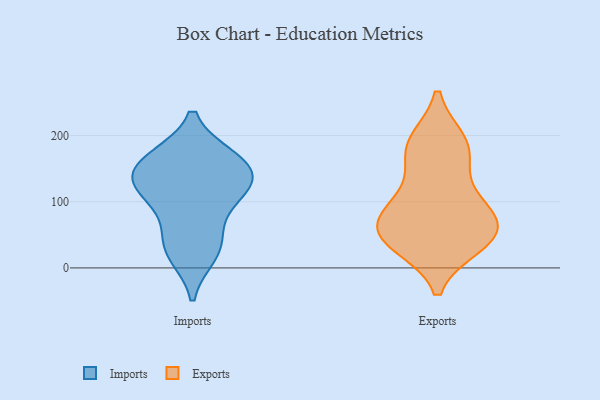
{"axis": {"x": "Backlog", "y": "Value"}, "legend": ["Exports", "Imports"], "data": [{"x": "", "y": 115, "type": "Imports"}, {"x": "", "y": 163, "type": "Imports"}, {"x": "", "y": 124, "type": "Imports"}, {"x": "", "y": 21, "type": "Imports"}, {"x": "", "y": 164, "type": "Imports"}, {"x": "", "y": 50, "type": "Imports"}, {"x": "", "y": 136, "type": "Imports"}, {"x": "", "y": 135, "type": "Imports"}, {"x": "", "y": 166, "type": "Imports"}, {"x": "", "y": 99, "type": "Imports"}, {"x": "", "y": 29, "type": "Imports"}, {"x": "", "y": 190, "type": "Exports"}, {"x": "", "y": 102, "type": "Exports"}, {"x": "", "y": 40, "type": "Exports"}, {"x": "", "y": 74, "type": "Exports"}, {"x": "", "y": 39, "type": "Exports"}, {"x": "", "y": 58, "type": "Exports"}, {"x": "", "y": 180, "type": "Exports"}, {"x": "", "y": 52, "type": "Exports"}, {"x": "", "y": 76, "type": "Exports"}, {"x": "", "y": 153, "type": "Exports"}, {"x": "", "y": 97, "type": "Exports"}, {"x": "", "y": 35, "type": "Exports"}, {"x": "", "y": 191, "type": "Exports"}]}